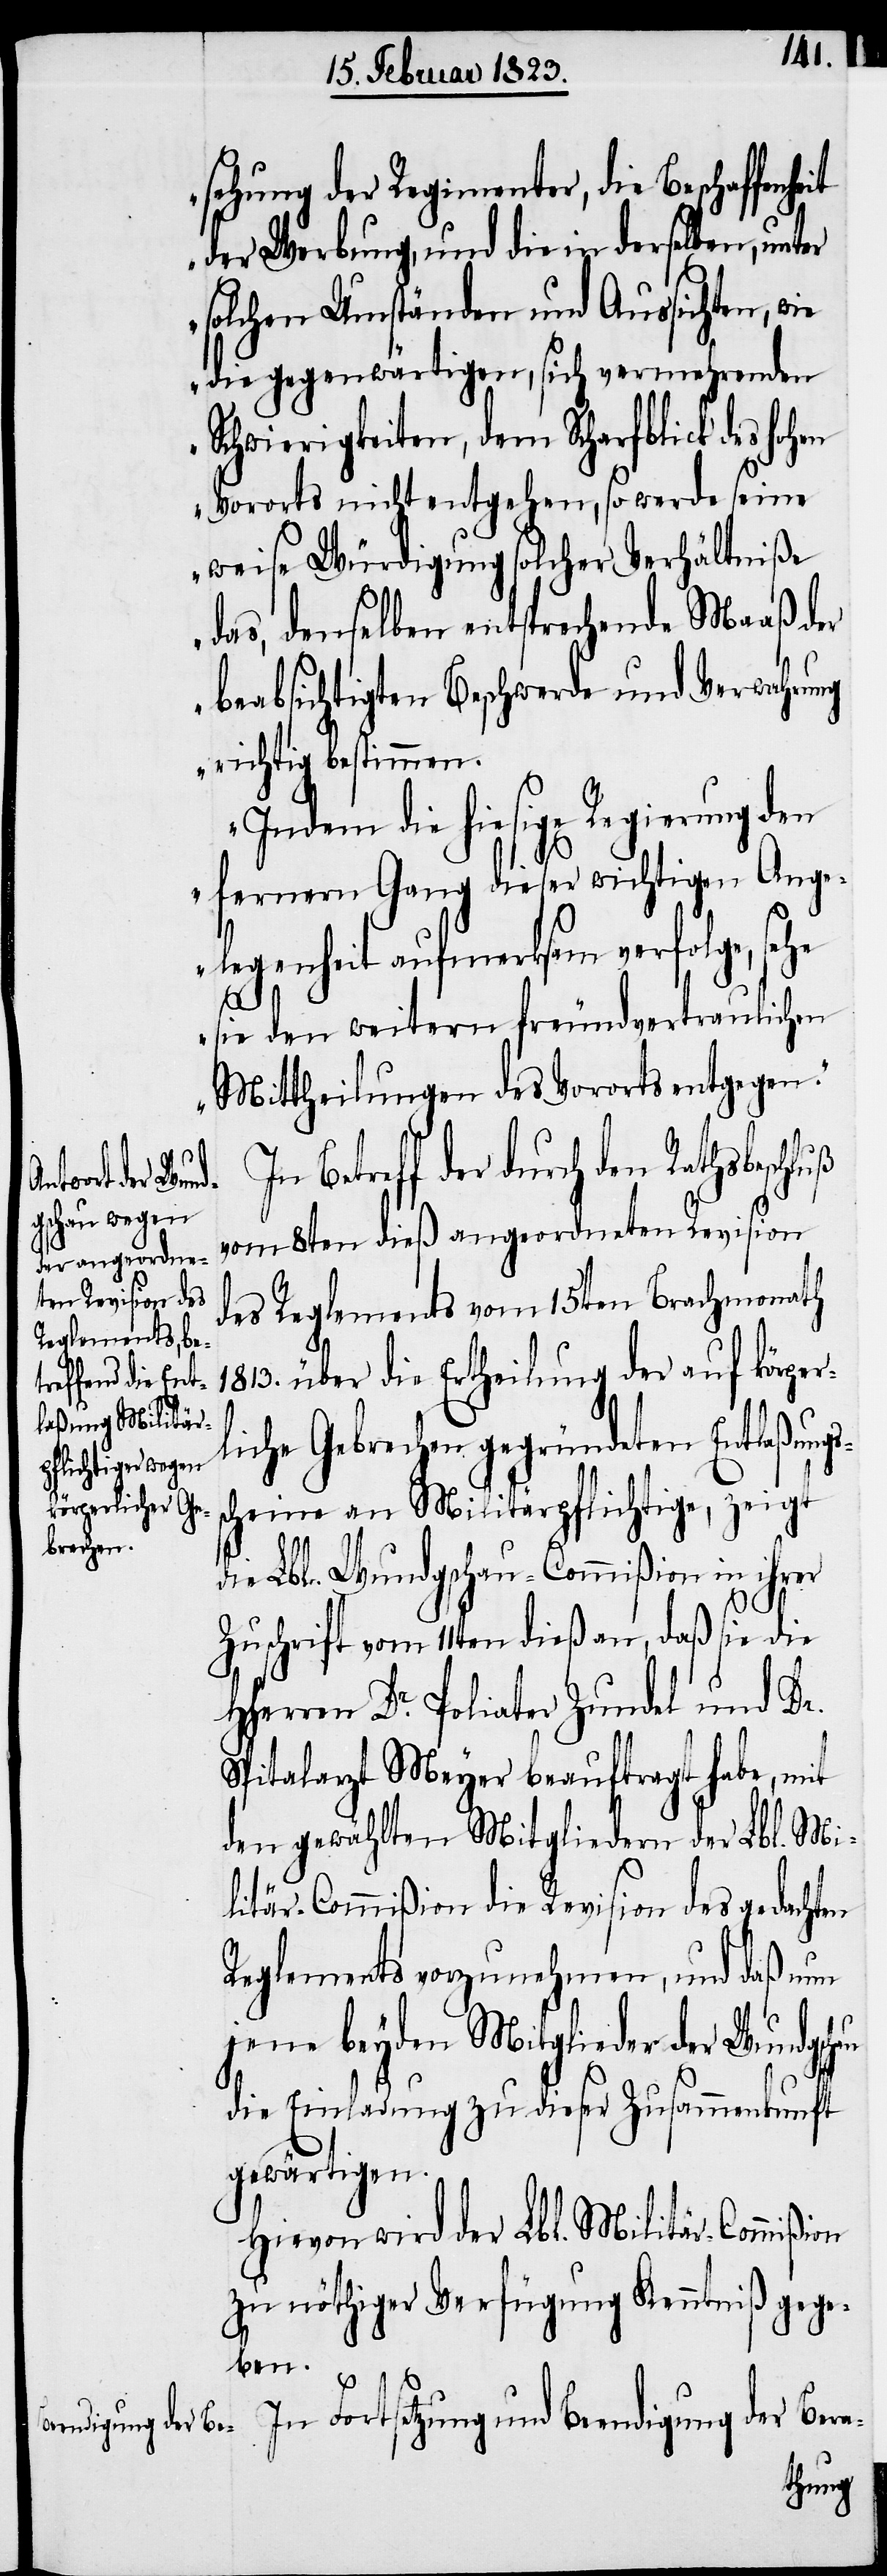
sehung der Regimenter, die Beschaffen¬
der Werbung, und die in derselben, unter
solchen Umständen und Aussichten,
die gegenwärtigen, sich vermehrenden
Schwierigkeiten, dem Scharfblick des hohen
Vororts nicht entgehen, so werde seine
weise Würdigung solcher Verhältniße
das, denselben entsprechende Maaß der
beabsichtigten Beschwerde und Verwahrung
richtig bestimmen.
Indem die hiesige Regierung den
fernern Gang dieser wichtigen Ange¬
legenheit aufmerksam verfolge, sehe
au
sie den weitern freundvertraulichen
Mittheilungen des Vororts entgegen.“
der durch den Rathsbeschluß
vom 8ten dieß angeordneten Revision
des Reglements vom 15ten Brachmonath
1813. über die Ertheilung der auf körper¬
liche Gebrechen gegründeten Entlaßungs¬
scheine an Militärpflichtige, zeigt
die Lbl. Wundgschau-Commißion in ihrer
Zuschrift vom 11ten dieß an, daß sie die
Hherren Dr. Poliater Zundel und Dr.
Spitalarzt Meyer beauftragt habe, mit
den gewählten Mitgliedern der Lbl. Mi¬
litär-Commißion die Revision des gedachten
Reglements vorzunehmen, und daß nun
jene beyden Mitglieder der Wundgsch¬
die Einladung zu dieser Zusammenkunft
gewärtigen.
Hievon wird der Lbl. Militär-Commißion
zu nöthiger Verfügung Kenntniß gege¬
ben.
In Fortsetzung und Beendigung der Bera-